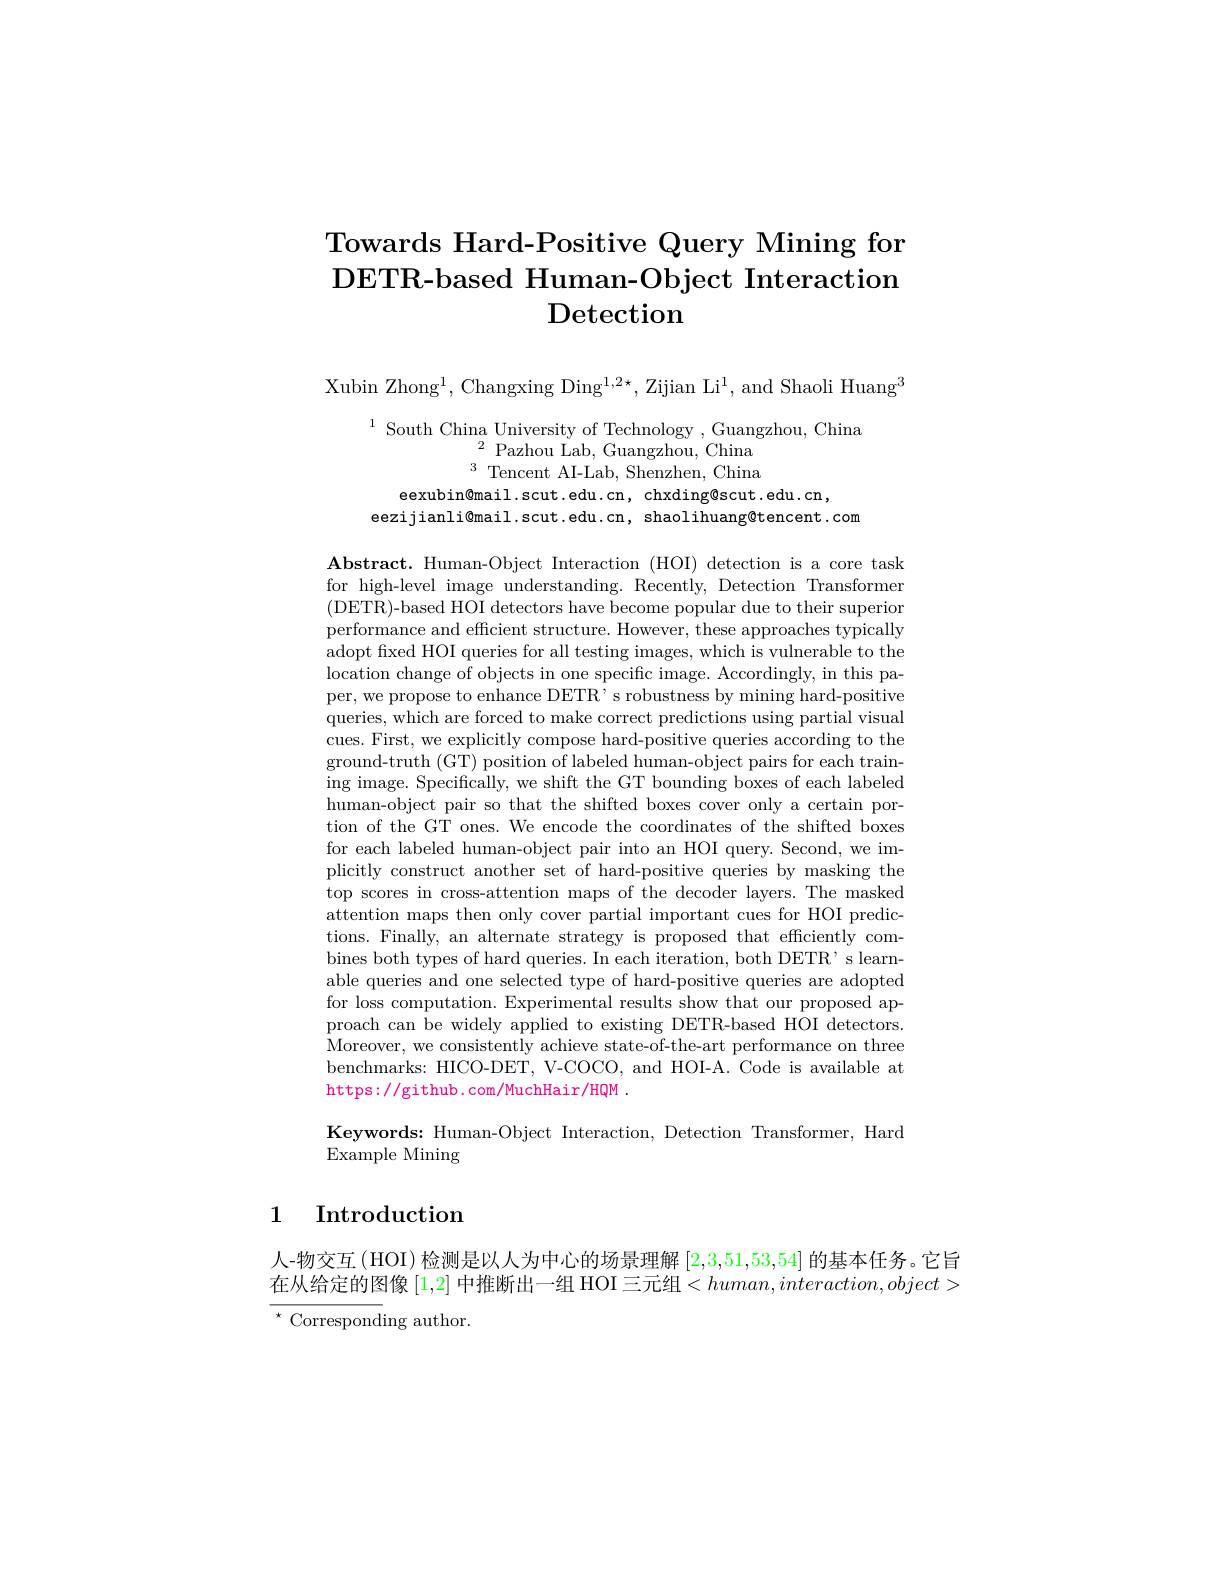
# Towards Hard-Positive Query Mining for $\textbf{DETR- based Human- Object Interaction}$ Detection

Xubin Zhong$^1$,Changxing Ding$^1,2*$, Zijian Li$^1$, and Shaoli Huang$^3$

$\begin{array}{ll}^{1}\text{South China University of Technology ,Guangzhou, China}\\^{2}\text{Pazhou Lab, Guangzhou, China}\end{array}$
$^{3}{\mathrm{~Tencent~AI-Lab,~Shenzhen,~China}}$
eexubin@mail.scut.edu.cn, chxding@scut.edu.cn,
eezijianli@mail.scut.edu.cn, shaolihuang@tencent.com

$\mathbf{Abstract.Human-Object~Interaction~(HOI)~detection~is~a~core~task}$ for high-level image understanding. Recently, Detection Transformer (DETR)-based HOI detectors have become popular due to their superion performance and efficient structure. However, these approaches typically adopt fixed HOI queries for all testing images, which is vulnerable to the location change of objects in one specific image. Accordingly, in this paper, we propose to enhance DETR' s robustness by mining hard-positive queries, which are forced to make correct predictions using partial visual cues. First, we explicitly compose hard-positive queries according to the ground-truth (GT) position of labeled human-object pairs for each training image. Specifically, we shift the GT bounding boxes of each labeled human-object pair so that the shifted boxes cover only a certain portion of the GT ones. We encode the coordinates of the shifted boxes for each labeled human-object pair into an HOI query. Second, we implicitly construct another set of hard-positive queries by masking the top scores in cross-attention maps of the decoder layers. The masked attention maps then only cover partial important cues for HOI predictions. Finally, an alternate strategy is proposed that efficiently combines both types of hard queries. In each iteration, both DETR' s learnable queries and one selected type of hard-positive queries are adopted for loss computation. Experimental results show that our proposed approach can be widely applied to existing DETR-based HOI detectors Moreover, we consistently achieve state- of- the- art performance on three benchmarks: HICO-DET, V-COCO, and HOI-A. Code is available at https://github. com/MuchHair/HQM

Keywords: Human-Object Interaction, Detection Transformer, Hard
Example Mining

## 1 Introduction

人-物交互(HOI) 检测是以人为中心的场景理解[2,3,51,53,54]的基本任务。它旨在从给定的图像 [1,2] 中推断出一组 HOI 三元组$<human,interaction,object>$ $^{\star}$Corresponding author.